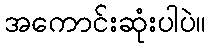
အကောင်းဆုံးပါပဲ။